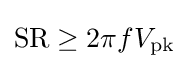
\mathrm {SR} \geq 2\pi fV_{\mathrm {pk} }